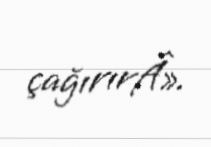
çağırırÂ».